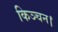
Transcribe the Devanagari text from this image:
किञ्चन।